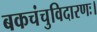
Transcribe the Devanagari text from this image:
बकचंचुविदारणः।